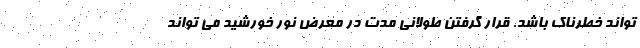
تواند خطرناک باشد. قرار گرفتن طولانی مدت در معرض نور خورشید می تواند